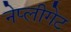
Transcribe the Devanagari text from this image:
नेप्लीगेट